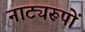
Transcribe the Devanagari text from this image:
नाट्यरूपों